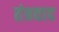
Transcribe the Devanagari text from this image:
तंत्रवाद